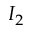
I _ { 2 }